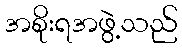
အစိုးရအဖွဲ့သည်